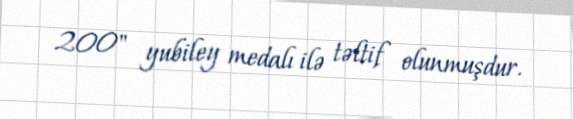
200" yubiley medalı ilə təltif olunmuşdur.